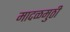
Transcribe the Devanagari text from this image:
मादळमुठी